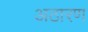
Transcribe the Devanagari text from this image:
अठारण